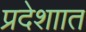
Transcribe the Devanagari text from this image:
प्रदेशाात